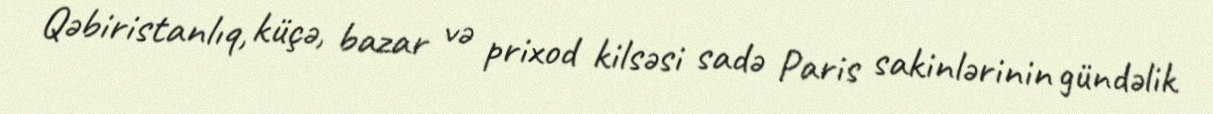
Qəbiristanlıq, küçə, bazar və prixod kilsəsi sadə Paris sakinlərinin gündəlik